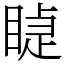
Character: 𥈤